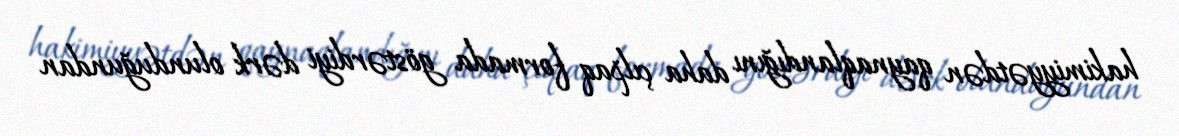
hakimiyyətdən qaynaqlandığını daha çılpaq formada göstərdiyi dərk olunduğundan